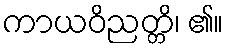
ကာယဝိညတ္တိ၊ ၏။